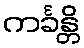
ကင်္ခန္တိ